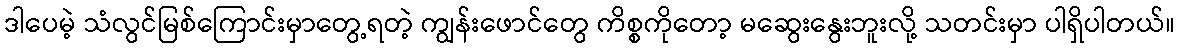
ဒါပေမဲ့ သံလွင်မြစ်ကြောင်းမှာတွေ့ရတဲ့ ကျွန်းဖောင်တွေ ကိစ္စကိုတော့ မဆွေးနွေးဘူးလို့ သတင်းမှာ ပါရှိပါတယ်။